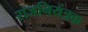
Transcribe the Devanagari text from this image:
राजनियंत्रक